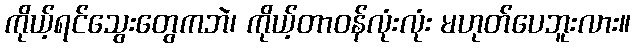
ကိုယ့်ရင်သွေးတွေကဘဲ၊ ကိုယ့်တာဝန်လုံးလုံး မဟုတ်ပေဘူးလား။